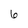
Character: 6